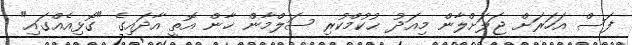
ފަސް އަހަރަށް ޖަލަށްލާން މިއަދު ޙުކުމްކުރި ސަލްމާން ޚާން އޮތީ އާދައިގެ "ގޮޅިއެއްގައި"